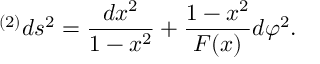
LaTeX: { } ^ { ( 2 ) } d s ^ { 2 } = { \frac { d x ^ { 2 } } { 1 - x ^ { 2 } } } + { \frac { 1 - x ^ { 2 } } { F ( x ) } } d \varphi ^ { 2 } .